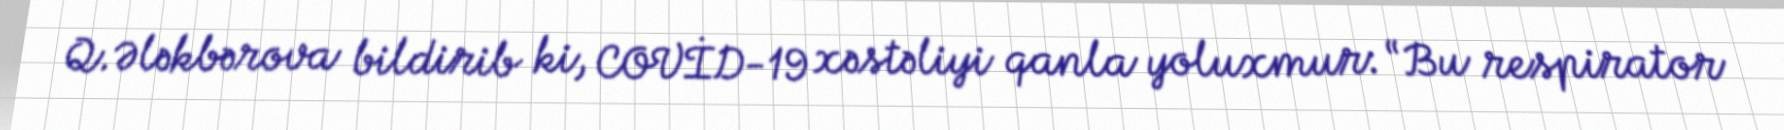
Q.Ələkbərova bildirib ki, COVİD-19 xəstəliyi qanla yoluxmur: “Bu respirator